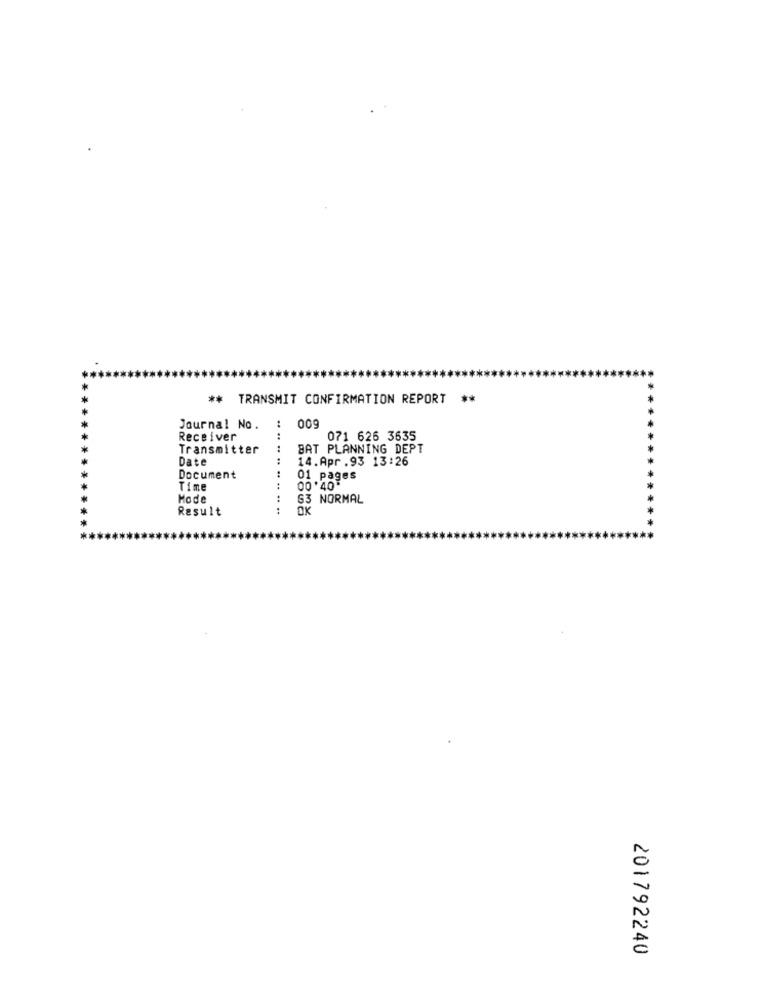
** TRANSMIT CONFIRMATION REPORT
**
009
Journal No.
Receiver
....
071 626 3635
Transmitter
..
BAT PLANNING DEPT
Date
14.Apr .93 13:26
Document
01 pages
Time
00 '40
Mode
G3 NORMAL
Result
....
OK
201792240